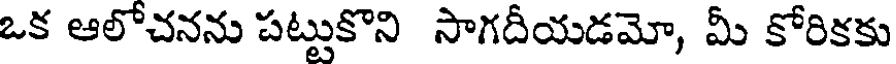
ఒక ఆలోచనను పట్టుకొని సాగదీయడమో, మీ కోరికకు